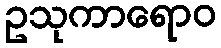
ဥသုကာရောဝ